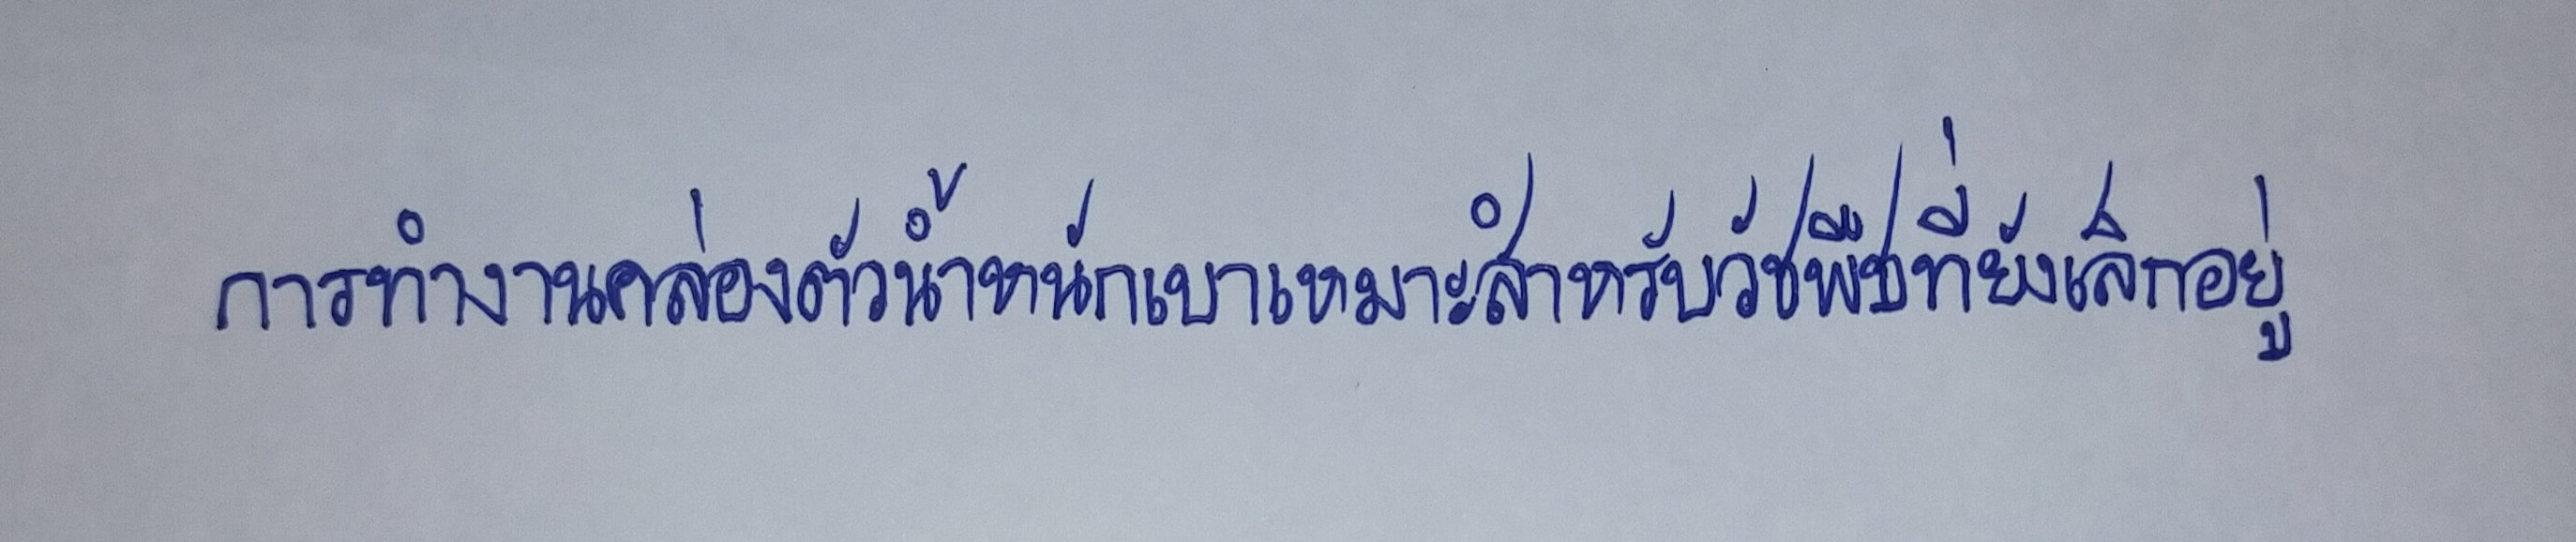
การทำงานคล่องตัวน้ำหนักเบาเหมาะสำหรับวัชพืชที่ยังเล็กอยู่